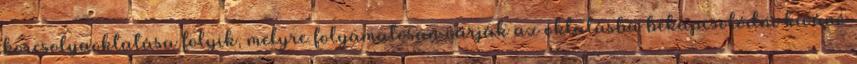
korcsolyaoktatása folyik, melyre folyamatosan várják az oktatásba bekapcsolódni kívánó